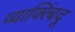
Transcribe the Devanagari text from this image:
व्याक्त्बिंदू